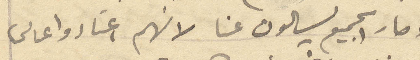
وصار الجميع يسالون عنا لانهم اغناء واغالي